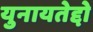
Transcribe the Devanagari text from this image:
युनायतेद्दो